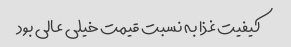
کیفیت غذا به نسبت قیمت خیلی عالی بود